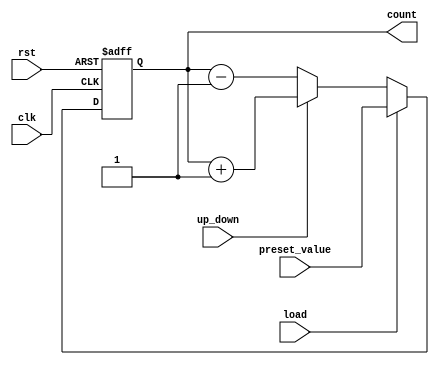
module AsynchronousCounter #(
    parameter WIDTH = 4 // Configurable bit-width (e.g., 4-bit, 8-bit)
) (
    input wire clk,        // Clock input
    input wire rst,        // Asynchronous reset
    input wire load,       // Load signal
    input wire up_down,    // Up/Down control signal (1 for up, 0 for down)
    input wire [WIDTH-1:0] preset_value, // Value to load into counter
    output reg [WIDTH-1:0] count // Current count value output
);

    // The count value is updated as per the following logic:
    always @(posedge clk or posedge rst) begin
        if (rst) begin
            count <= 0; // Reset counter to zero
        end else if (load) begin
            count <= preset_value; // Load the preset value
        end else begin
            // Count either up or down based on up_down signal
            if (up_down) begin
                count <= count + 1; // Up counting
            end else begin
                count <= count - 1; // Down counting
            end
        end
    end

endmodule